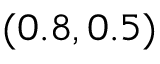
( 0 . 8 , 0 . 5 )